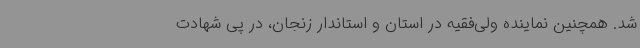
شد. همچنین نماینده ولی‌فقیه در استان و استاندار زنجان، در پی شهادت